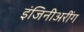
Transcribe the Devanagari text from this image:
इंजिनीअरींग